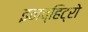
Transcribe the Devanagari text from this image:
इनव्हिट्रो